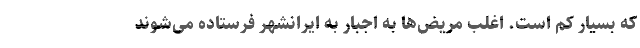
که بسیار کم است. اغلب مریض‌ها به اجبار به ایرانشهر فرستاده می‌شوند